Cholera in India, 1862 to 1881
Year: 1862
Disease focus: Cholera
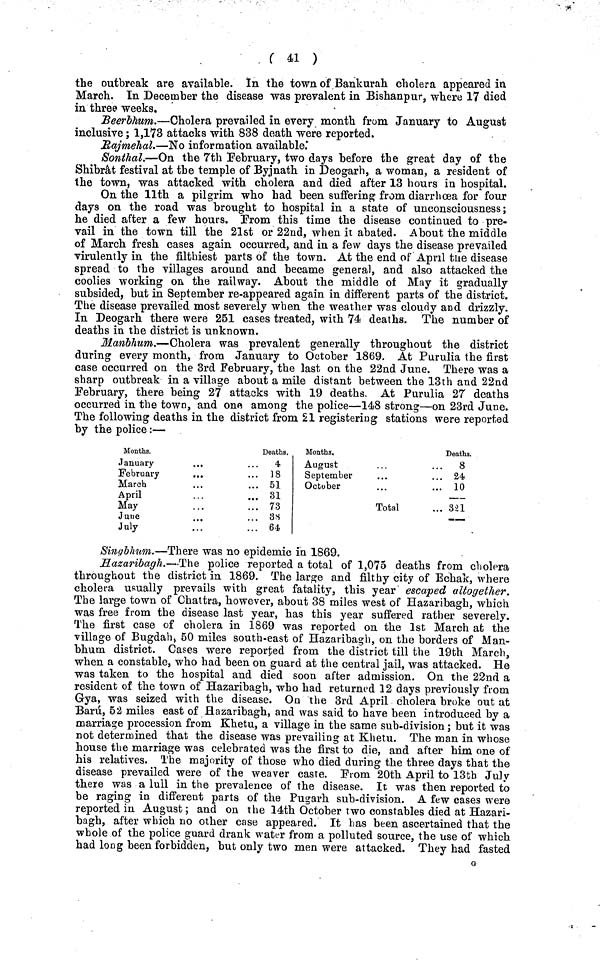
( 41 )
the outbreak are available. In the town of Bankurah cholera appeared in
March. In December the disease was prevalent in Bishanpur, where 17 died
in three weeks.
Beerbhum.—Cholera prevailed in every month from January to August
inclusive; 1,173 attacks with 838 death were reported.
Rajmehal.—No information available.
Sonthal.—On the 7th February, two days before the great day of the
Shibrât festival at the temple of Byjnath in Deogarh, a woman, a resident of
the town, was attacked with cholera and died after 13 hours in hospital.
On the llth a pilgrim who had been suffering from diarrhoea for four
days on the road was brought to hospital in a state of unconsciousness;
he died after a few hours. Prom this time the disease continued to pre-
vail in the town till the 21st or 22nd, when it abated. About the middle
of March fresh cases again occurred, and in a few days the disease prevailed
virulently in the filthiest parts of the town. At the end of April the disease
spread to the villages around and became general, and also attacked the
coolies working on the railway. About the middle of May it gradually
subsided, but in September re-appeared again in different parts of the district.
The disease prevailed most severely when the weather was cloudy and drizzly.
In Deogarh there were 251 cases treated, with 74 deaths. The number of
deaths in the district is unknown.
Manbhum.—Cholera was prevalent generally throughout the district
during every month, from January to October 1869. At Purulia the first
case occurred on the 3rd February, the last on the 22nd June. There was a
sharp outbreak in a village about a mile distant between the 13th and 22nd
February, there being 27 attacks with 19 deaths. At Purulia 27 deaths
occurred in the town, and one among the police—148 strong—on 23rd June.
The following deaths in the district from 21 registering stations were reported
by the police:—
Months.
January
February
March
April
May
June
July
Deaths.
4
18
51
31
73
38
64
Months.
August
September
October
Total
Deaths.
8
24
10
321
Singbhum.—There was no epidemic in 1869.
Hazaribagh.—The police reported a total of 1,075 deaths from cholera
throughout the district in 1869. The large and filthy city of Echak, where
cholera usually prevails with great fatality, this year escaped altogether.
The large town of Chattra, however, about 38 miles west of Hazaribagh, which
was free from the disease last year, has this year suffered rather severely.
The first case of cholera in 1869 was reported on the 1st March at the
village of Bugdah, 50 miles south-east of Hazaribagh, on the borders of Man-
bhum district. Cases were reported from the district till the 19th March,
when a constable, who had been on guard at the central jail, was attacked. He
was taken to the hospital and died soon after admission. On the 22nd a
resident of the town of Hazaribagh, who had returned 12 days previously from
Gya, was seized with the disease. On the 3rd April cholera broke out at
Barú, 52 miles east of Hazaribagh, and was said to have been introduced by a
marriage procession from Khetu, a village in the same sub-division; but it was
not determined that the disease was prevailing at Khetu. The man in whose
house the marriage was celebrated was the first to die, and after him one of
his relatives. The majority of those who died during the three days that the
disease prevailed were of the weaver caste. From 20th April to 13th July
there was a lull in the prevalence of the disease. It was then reported to
be raging in different parts of the Pugarh sub-division. A few cases were
reported in August; and on the 14th October two constables died at Hazari-
bagh, after which no other case appeared. It has been ascertained that the
whole of the police guard drank water from a polluted source, the use of which
had long been forbidden, but only two men were attacked. They had fasted
G